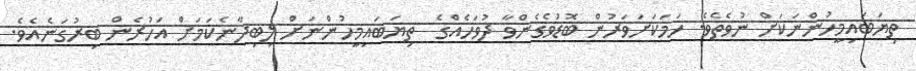
ތިޔަބައިމީހުންނަކަށް ނުވެތެވެ. ހަމަކަށަވަރުން ބޮޑުވެގެންވާ ދުވަހެއްގެ  ތިޔަބައިމީހުންނަށް ލިބިދާނެކަމަށް އަހުރެން ބިރުގަނެއެވެ.